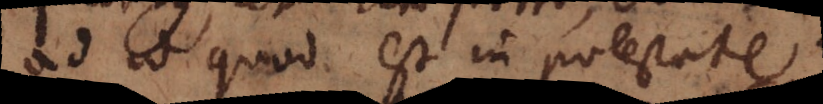
ad id quod est in potestate.